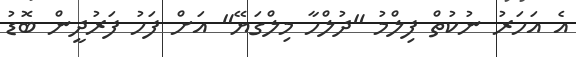
އެ އަހަރު ނުކުތް ފިލްމު "ދުލްހާ މިލްގަޔޭ" އަށް ފަހު ފަރުދީން ބޮޑު